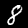
Label: 8